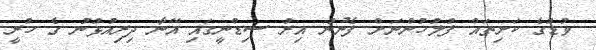
ވުޑުގެ ކަށިތައް ފުލުހުންނަށް ފެނުނު އިރު ސިޑްނީގައި އޭނާ ދިރިއުޅުނު ގެ ހުރީ